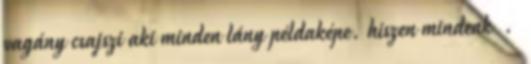
vagány csajszi aki minden lány példaképe. hiszen mindenk .